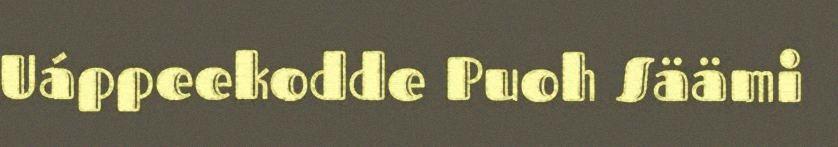
Uáppeekodde Puoh Säämi